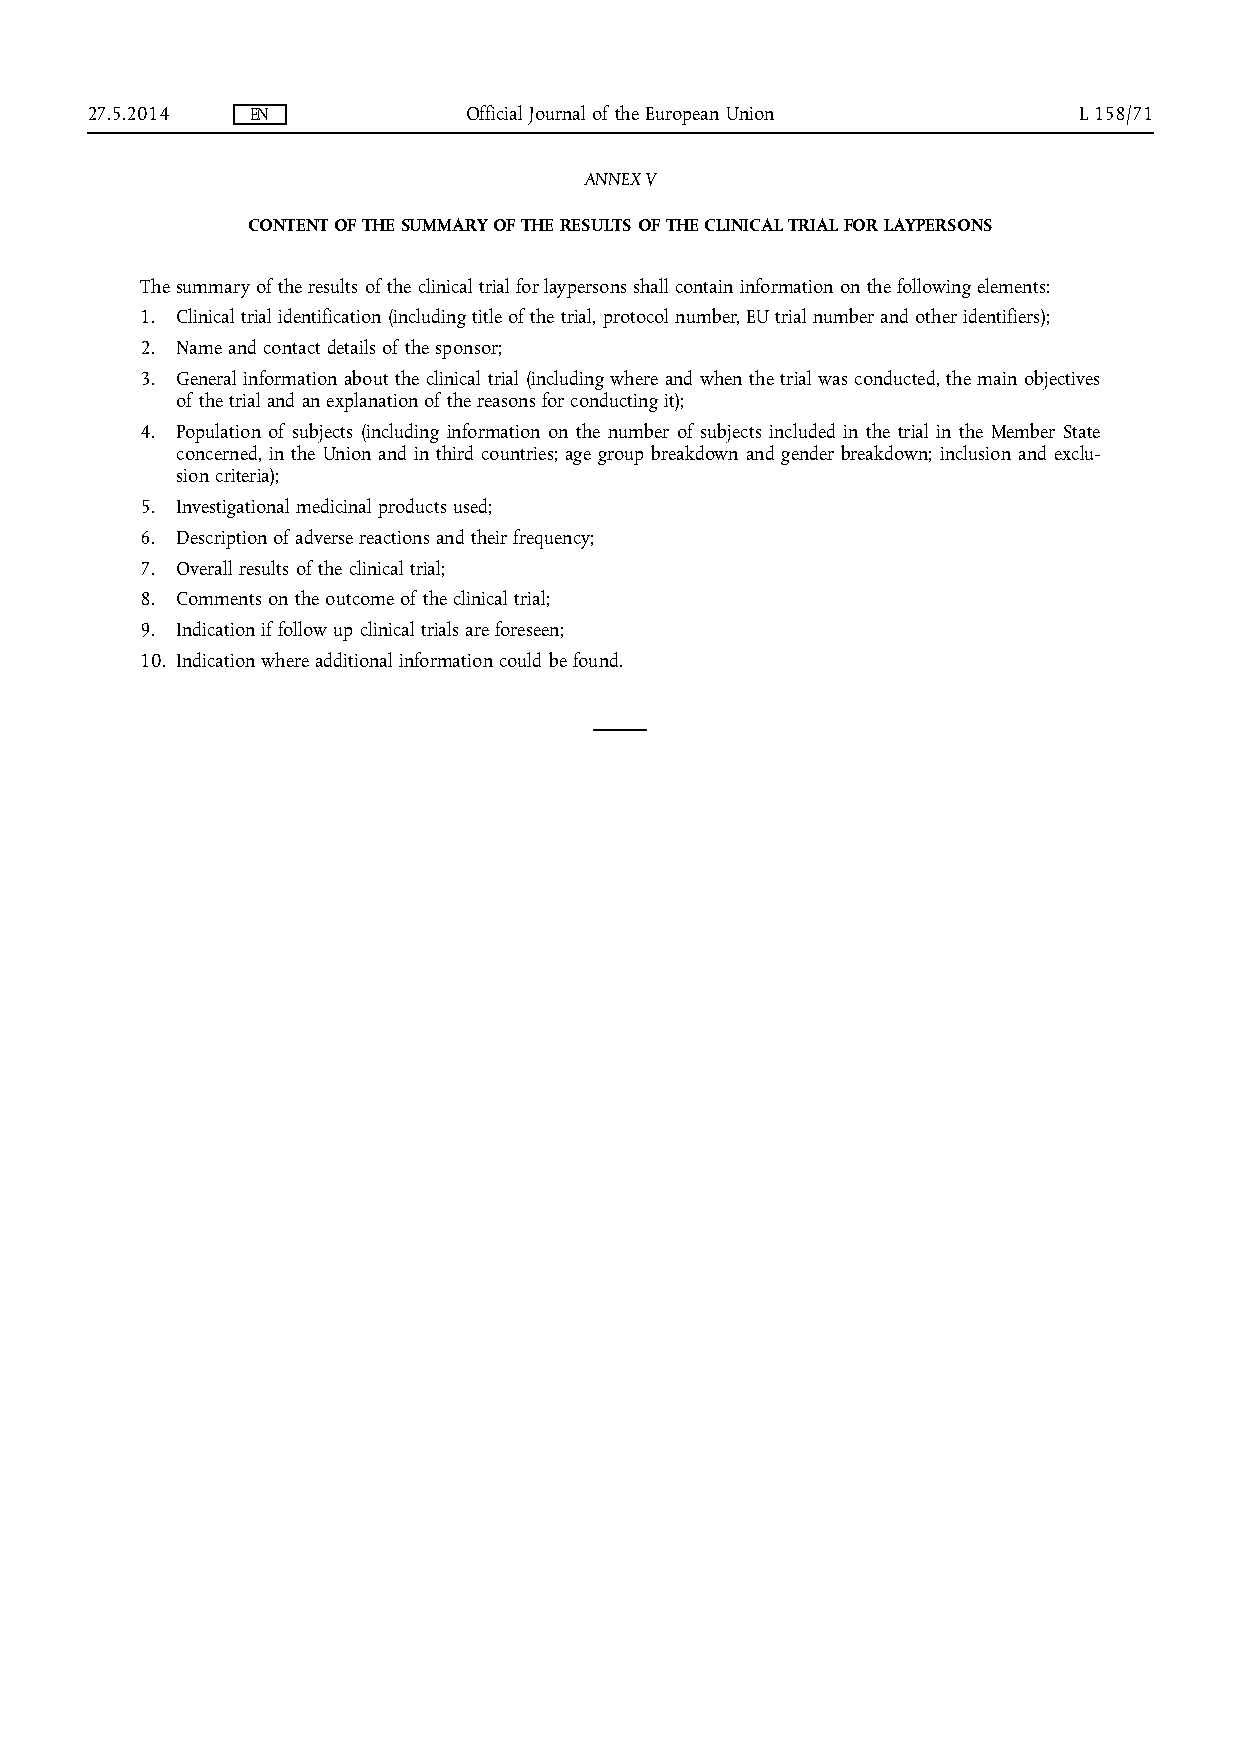
27.5.2014  EN            Official Journal of the European Union  L 158/71
 ANNEX V
 CONTENT OF THE SUMMARY OF THE RESULTS OF THE CLINICAL TRIAL FOR LAYPERSONS
 The summary of the results of the clinical trial for laypersons shall contain information on the following elements:
 1. Clinical trial identification (including title of the trial, protocol number, EU trial number and other identifiers);
 2. Name and contact details of the sponsor;
 3. General information about the clinical trial (including where and when the trial was conducted, the main objectives
 of the trial and an explanation of the reasons for conducting it);
 4. Population of subjects (including information on the number of subjects included in the trial in the Member State
 concerned, in the Union and in third countries; age group breakdown and gender breakdown; inclusion and exclu­
 sion criteria);
 5. Investigational medicinal products used;
 6. Description of adverse reactions and their frequency;
 7. Overall results of the clinical trial;
 8. Comments on the outcome of the clinical trial;
 9. Indication if follow up clinical trials are foreseen;
 10. Indication where additional information could be found.